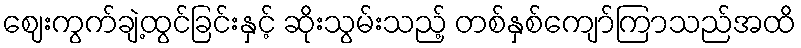
ဈေးကွက်ချဲ့ထွင်ခြင်းနှင့် ဆိုးသွမ်းသည့် တစ်နှစ်ကျော်ကြာသည်အထိ